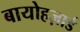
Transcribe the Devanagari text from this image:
बायोहज़ार्ड